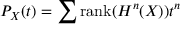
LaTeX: P _ { X } ( t ) = \sum { \mathrm { r a n k } } ( H ^ { n } ( X ) ) t ^ { n }